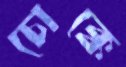
চোক্কে